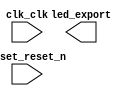

module DE2i_150_QSYS (
	clk_clk,
	led_export,
	reset_reset_n);	

	input		clk_clk;
	output	[7:0]	led_export;
	input		reset_reset_n;
endmodule